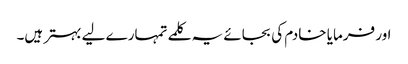
اور فرمایا خادم کی بجائے یہ کلمے تمہارے لیے بہتر ہیں۔